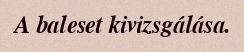
A baleset kivizsgálása.